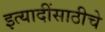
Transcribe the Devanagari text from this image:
इत्यादींसाठीचे